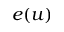
e ( u )